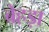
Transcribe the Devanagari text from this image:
बेहड़ा